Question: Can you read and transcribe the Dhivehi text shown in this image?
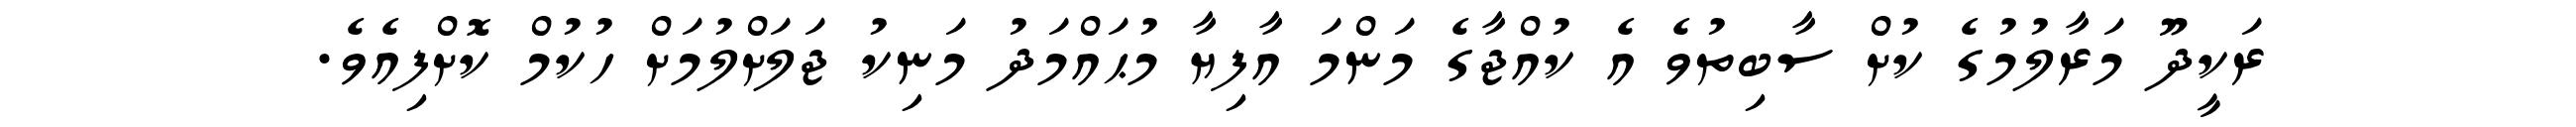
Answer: ރަކީދޫ މަރާލުމުގެ ކުށް ސާބިތުވެ އެ ކުއްޖާގެ މަންމަ އާފިޔާ މުޙައްމަދު މަނިކު ޖަލަށްލުމަށް ހުކުމް ކޮށްފިއެވެ.